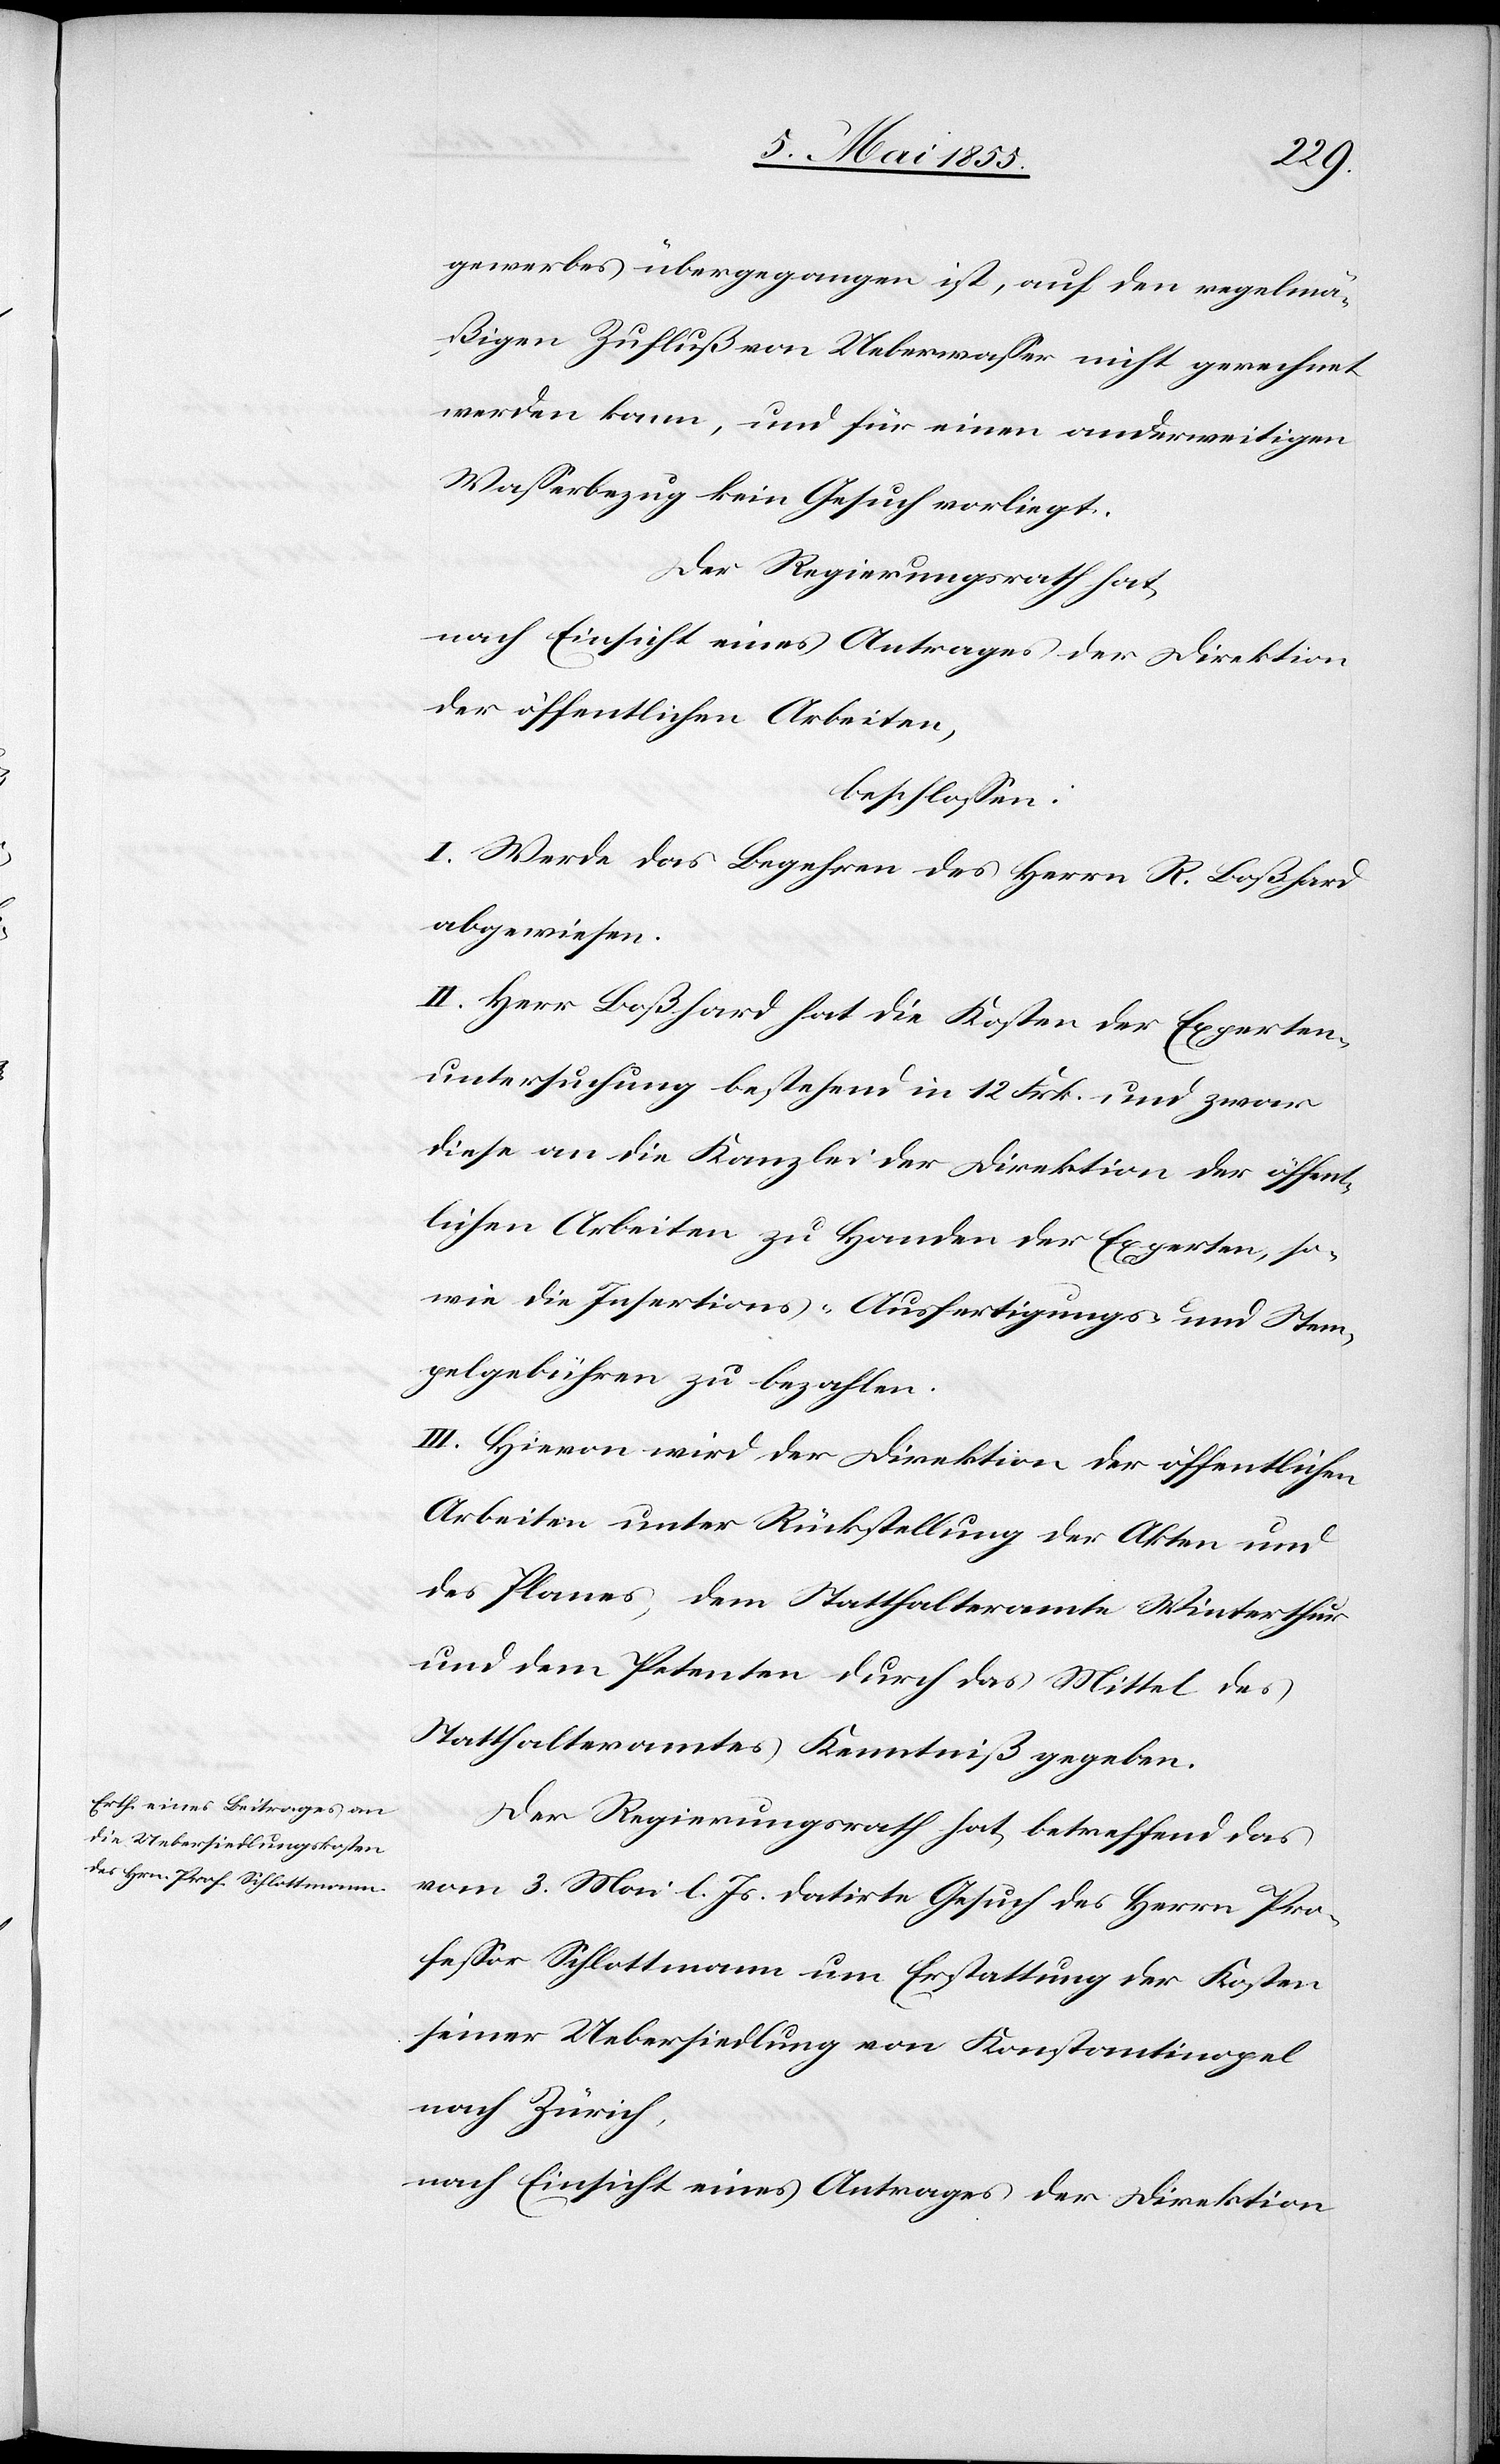
gewerbes übergegangen ist, auf den regelmä¬
ßigen Zufluß von Ueberwasser nicht gerechnet
werden kann, und für einen anderweitigen
Wasserbezug kein Gesuch vorliegt.
Der Regierungsrath hat,
nach Einsicht eines Antrages der Direktion
der öffentlichen Arbeiten,
beschlossen:
I. Werde das Begehren des Herrn R. Boßhard
abgewiesen.
II. Herr Boßhard hat die Kosten der Experten¬
untersuchung bestehend in 12 Frk. und zwar
diese an die Kanzlei der Direktion der öffent¬
lichen Arbeiten zu Handen der Experten, so¬
wie die Insertions-[,] Ausfertigungs- und Stem¬
pelgebühren zu bezahlen.
III. Hievon wird der Direktion der öffentlichen
Arbeiten unter Rückstellung der Akten und
des Planes, dem Statthalteramte Winterthur
und dem Petenten durch das Mittel des
Statthalteramtes Kenntniß gegeben.
Der Regierungsrath hat, betreffend das
vom 3. Mai l. Js. datirte Gesuch des Herrn Pro¬
fessor Schlottmann um Erstattung der Kosten
seiner Uebersiedlung von Konstantinopel
nach Zürich,
nach Einsicht eines Antrages der Direktion